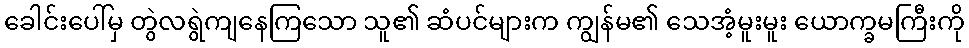
ခေါင်းပေါ်မှ တွဲလရွဲကျနေကြသော သူ၏ ဆံပင်များက ကျွန်မ၏ သေအံ့မူးမူး ယောက္ခမကြီးကို